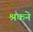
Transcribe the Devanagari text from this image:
श्रकने